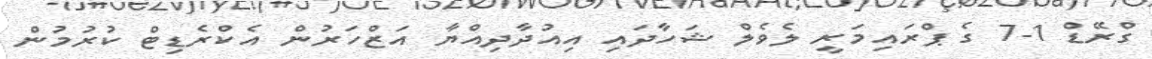
ގްރޭޑް 1-7 ގެ ޕްރައިމަރީ ލެވެލް ޝަހާދައި އިއުދާދިއްޔާ އަޒްހަރުން އެކްރެޑިޓް ކުރުމުން